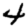
Digit: 4